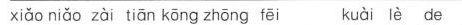
xiao niao zai tian kong zhong fei kuai le de